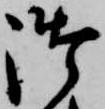
御